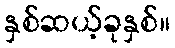
နှစ်ဆယ့်ခုနှစ်။